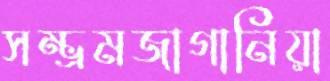
সম্ভ্রমজাগানিয়া